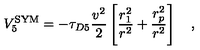
V _ { 5 } ^ { \mathrm { \footnotesize { S Y M } } } = - \tau _ { D 5 } { \frac { v ^ { 2 } } { 2 } } \left[ { \frac { r _ { 1 } ^ { 2 } } { r ^ { 2 } } } + { \frac { r _ { p } ^ { 2 } } { r ^ { 2 } } } \right] \quad ,